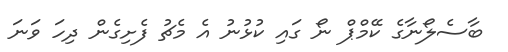
ބާސެލޯނާގެ ކޭމްޕް ނޯ ގައި ކުޅުނު އެ މެޗު ފެށިގެން ދިހަ ވަނަ